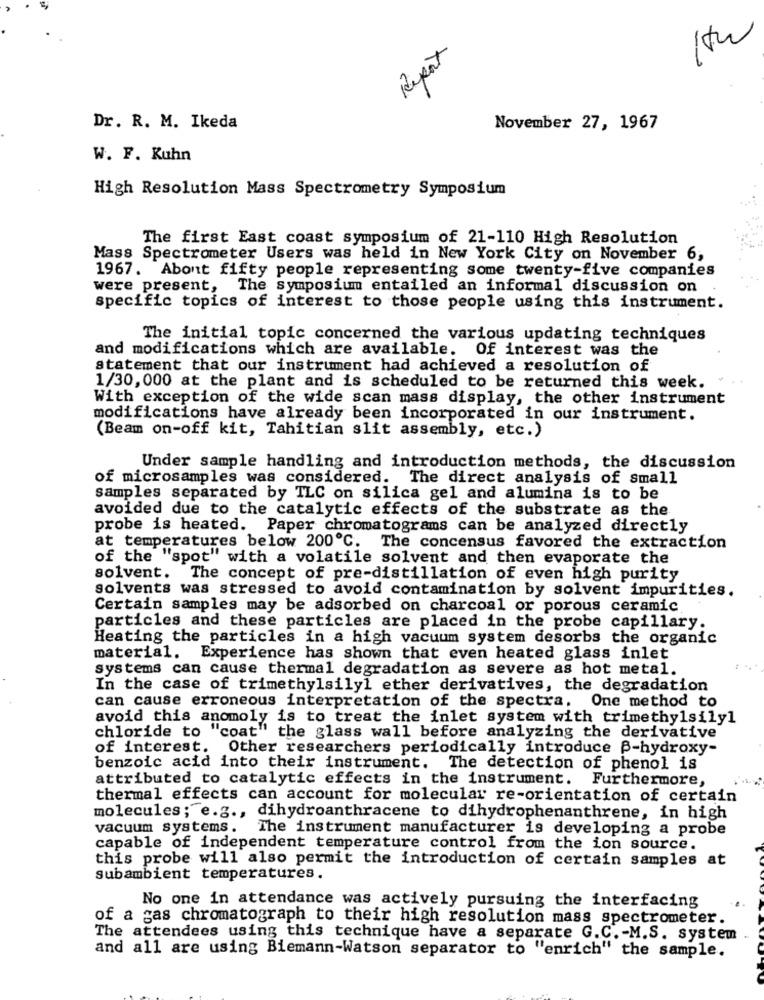
30/
Report
Dr. R. M. Ikeda
November 27, 1967
W. F. Kuhn
High Resolution Mass Spectrometry Symposium
The first East coast symposium of 21-110 High Resolution
Mass Spectrometer Users was held in New York City on November 6,
1967. Abont fifty people representing some twenty-five companies
were present, The symposium entailed an informal discussion on
specific topics of interest to those people using this instrument.
The initial topic concerned the various updating techniques
and modifications which are available. Of interest was the
statement that our instrument had achieved a resolution of
1/30,000 at the plant and is scheduled to be returned this week.
With exception of the wide scan mass display, the other instrument
modifications have already been incorporated in our instrument.
(Beam on-off kit, Tahitian slit assembly, etc.)
Under sample handling and introduction methods, the discussion
of microsamples was considered. The direct analysis of small
samples separated by TLC on silica gel and alumina is to be
avoided due to the catalytic effects of the substrate as the
probe is heated. Paper chromatograms can be analyzed directly
at temperatures below 200℃. The concensus favored the extraction
of the "spot" with a volatile solvent and then evaporate the
solvent. The concept of pre-distillation of even high purity
solvents was stressed to avoid contamination by solvent impurities.
Certain samples may be adsorbed on charcoal or porous ceramic
particles and these particles are placed in the probe capillary.
Heating the particles in a high vacuum system desorbs the organic
material. Experience has shown that even heated glass inlet
systems can cause thermal degradation as severe as hot metal.
In the case of trimethylsilyl ether derivatives, the degradation
can cause erroneous interpretation of the spectra. One method to
avoid this anomoly is to treat the inlet system with trimethylsily1
chloride to "coat" the glass wall before analyzing the derivative
of interest. Other researchers periodically introduce B-hydroxy-
benzoic acid into their instrument. The detection of phenol is
attributed to catalytic effects in the instrument. Furthermore,
thermal effects can account for molecular re-orientation of certain
molecules; e.g ., dihydroanthracene to dihydrophenanthrene, in high
vacuum systems. The instrument manufacturer is developing a probe
capable of independent temperature control from the ion source.
this probe will also permit the introduction of certain samples at
subambient temperatures.
No one in attendance was actively pursuing the interfacing
of a gas chromatograph to their high resolution mass spectrometer.
The attendees using this technique have a separate G.C. - M.S. system
and all are using Biemann-Watson separator to "enrich" the sample.